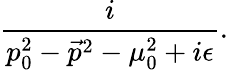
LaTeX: \frac{i}{p_{0}^{2}-\vec{p}^{2}-\mu_{0}^{2}+i\epsilon}.